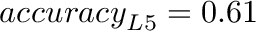
a c c u r a c y _ { L 5 } = 0 . 6 1